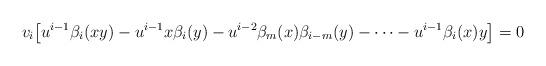
LaTeX: \begin{align*}v_i\big[u^{i-1}\beta_i(xy)-u^{i-1}x\beta_i(y) - u^{i-2}\beta_m(x)\beta_{i-m}(y)-\dots -u^{i-1} \beta_i(x)y\big] =0 \end{align*}